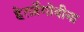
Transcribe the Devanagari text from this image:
हेर्त्ज़ेगोवीना